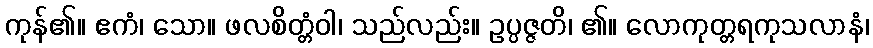
ကုန်၏။ ဧကံ၊ သော။ ဖလစိတ္တံဝါ၊ သည်လည်း။ ဥပ္ပဇ္ဇတိ၊ ၏။ လောကုတ္တရကုသလာနံ၊